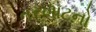
તરખાટનો